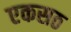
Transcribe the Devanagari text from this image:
एकसठ